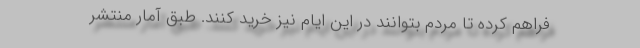
فراهم کرده تا مردم بتوانند در این ایام نیز خرید کنند. طبق آمار منتشر